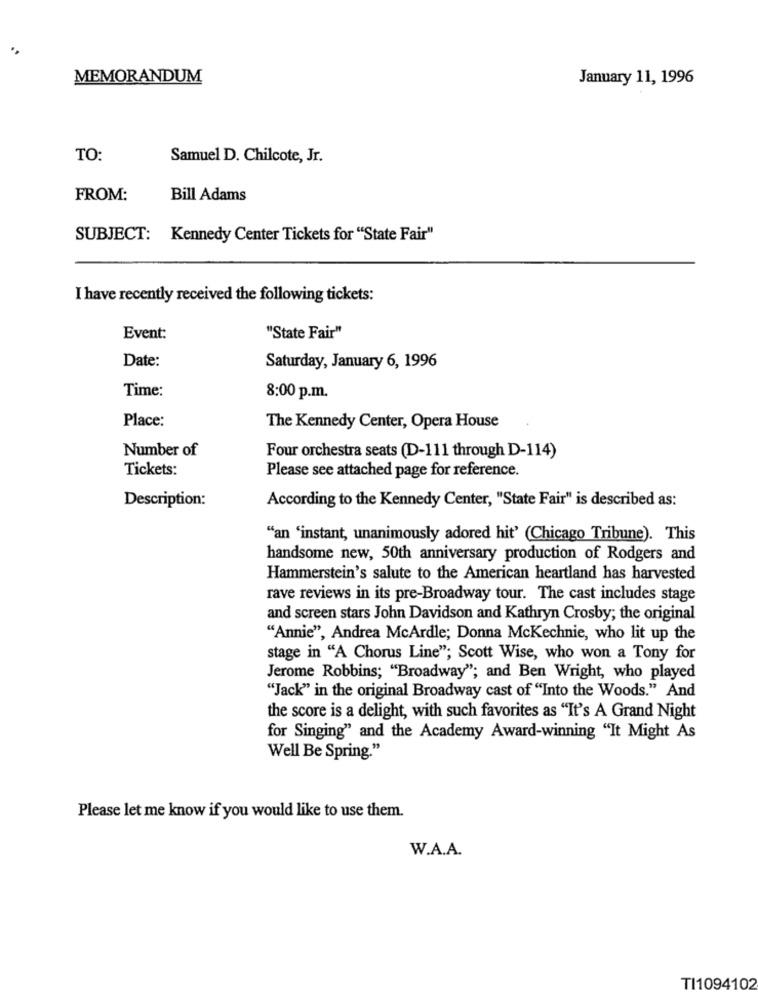
MEMORANDUM
January 11, 1996
TO:
Samuel D. Chilcote, Jr.
FROM:
Bill Adams
SUBJECT: Kennedy Center Tickets for "State Fair"
I have recently received the following tickets:
Event:
"State Fair"
Date:
Saturday, January 6, 1996
Time:
8:00 p.m.
Place:
The Kennedy Center, Opera House
Number of
Four orchestra seats (D-111 through D-114)
Tickets:
Please see attached page for reference.
Description:
According to the Kennedy Center, "State Fair" is described as:
"an 'instant, unanimously adored hit' (Chicago Tribune). This
handsome new, 50th anniversary production of Rodgers and
Hammerstein's salute to the American heartland has harvested
rave reviews in its pre-Broadway tour. The cast includes stage
and screen stars John Davidson and Kathryn Crosby; the original
"Annie", Andrea McArdle; Donna McKechnie, who lit up the
stage in "A Chorus Line"; Scott Wise, who won a Tony for
Jerome Robbins; "Broadway"; and Ben Wright, who played
"Jack" in the original Broadway cast of "Into the Woods." And
the score is a delight, with such favorites as "It's A Grand Night
for Singing" and the Academy Award-winning "It Might As
Well Be Spring."
Please let me know if you would like to use them.
W.A.A.
TI1094102